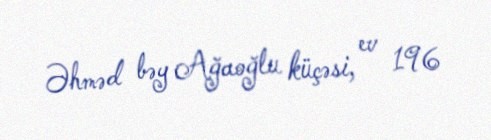
Əhməd bəy Ağaoğlu küçəsi, ev 196